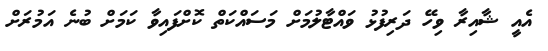
އެއީ ޝާއިރާ ވިހޭ ދަރިފުޅު ވައްޓާލުމަށް މަސައްކަތް ކޮށްފައިވާ ކަމަށް ބުނެ އަމުރަށް